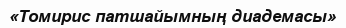
«Томирис патшайымның диадемасы»